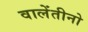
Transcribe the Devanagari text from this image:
वालेंतीनो